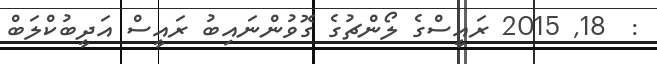
:  18